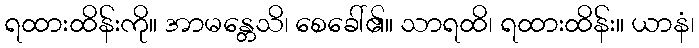
ရထားထိန်းကို။ အာမန္တေသိ၊ စေခေါ်၏။ သာရထိ၊ ရထားထိန်း။ ယာနံ၊